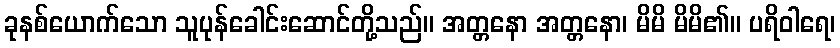
ခုနစ်ယောက်သော သူပုန်ခေါင်းဆောင်တို့သည်။ အတ္တနော အတ္တနော၊ မိမိ မိမိ၏။ ပရိဝါရေ၊